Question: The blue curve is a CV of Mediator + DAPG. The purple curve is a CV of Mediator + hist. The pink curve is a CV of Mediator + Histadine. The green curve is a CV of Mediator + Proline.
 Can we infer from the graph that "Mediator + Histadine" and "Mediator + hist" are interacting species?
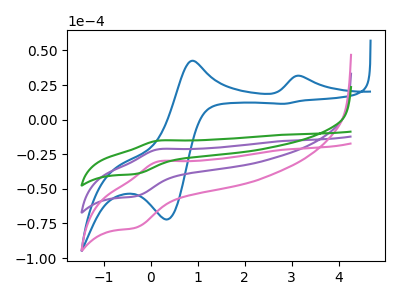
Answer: <think>The blue curve "Mediator + DAPG" has anodic peaks at (3.20V, 31.55uA) (0.85V, 42.50uA) and cathodic peaks at (0.35V, -72.15uA) (2.85V, 11.45uA). The purple curve "Mediator + hist" has an anodic peak at (0.15V, -21.35uA) and a cathodic peak at (-0.35V, -55.40uA). The pink curve "Mediator + Histadine" has an anodic peak at (0.15V, -30.15uA) and a cathodic peak at (-0.35V, -78.15uA). The green curve "Mediator + Proline" has an anodic peak at (0.15V, -42.70uA) and a cathodic peak at (-0.35V, -110.75uA).
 All the peaks in "Mediator + Histadine" have a peak in "Mediator + hist" at the same potential.</think>
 <answer>No, "Mediator + Histadine" and "Mediator + hist" don't appear to be significantly different in shape</answer>
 <eval>no_change</eval>